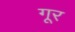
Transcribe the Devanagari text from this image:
गूर